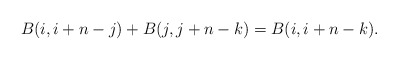
\begin{align*} B(i,i+n-j)+B(j,j+n-k)=B(i,i+n-k).\end{align*}